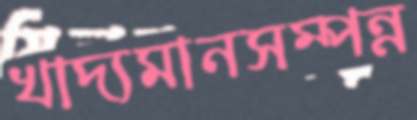
খাদ্যমানসম্পন্ন